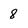
Character: 8